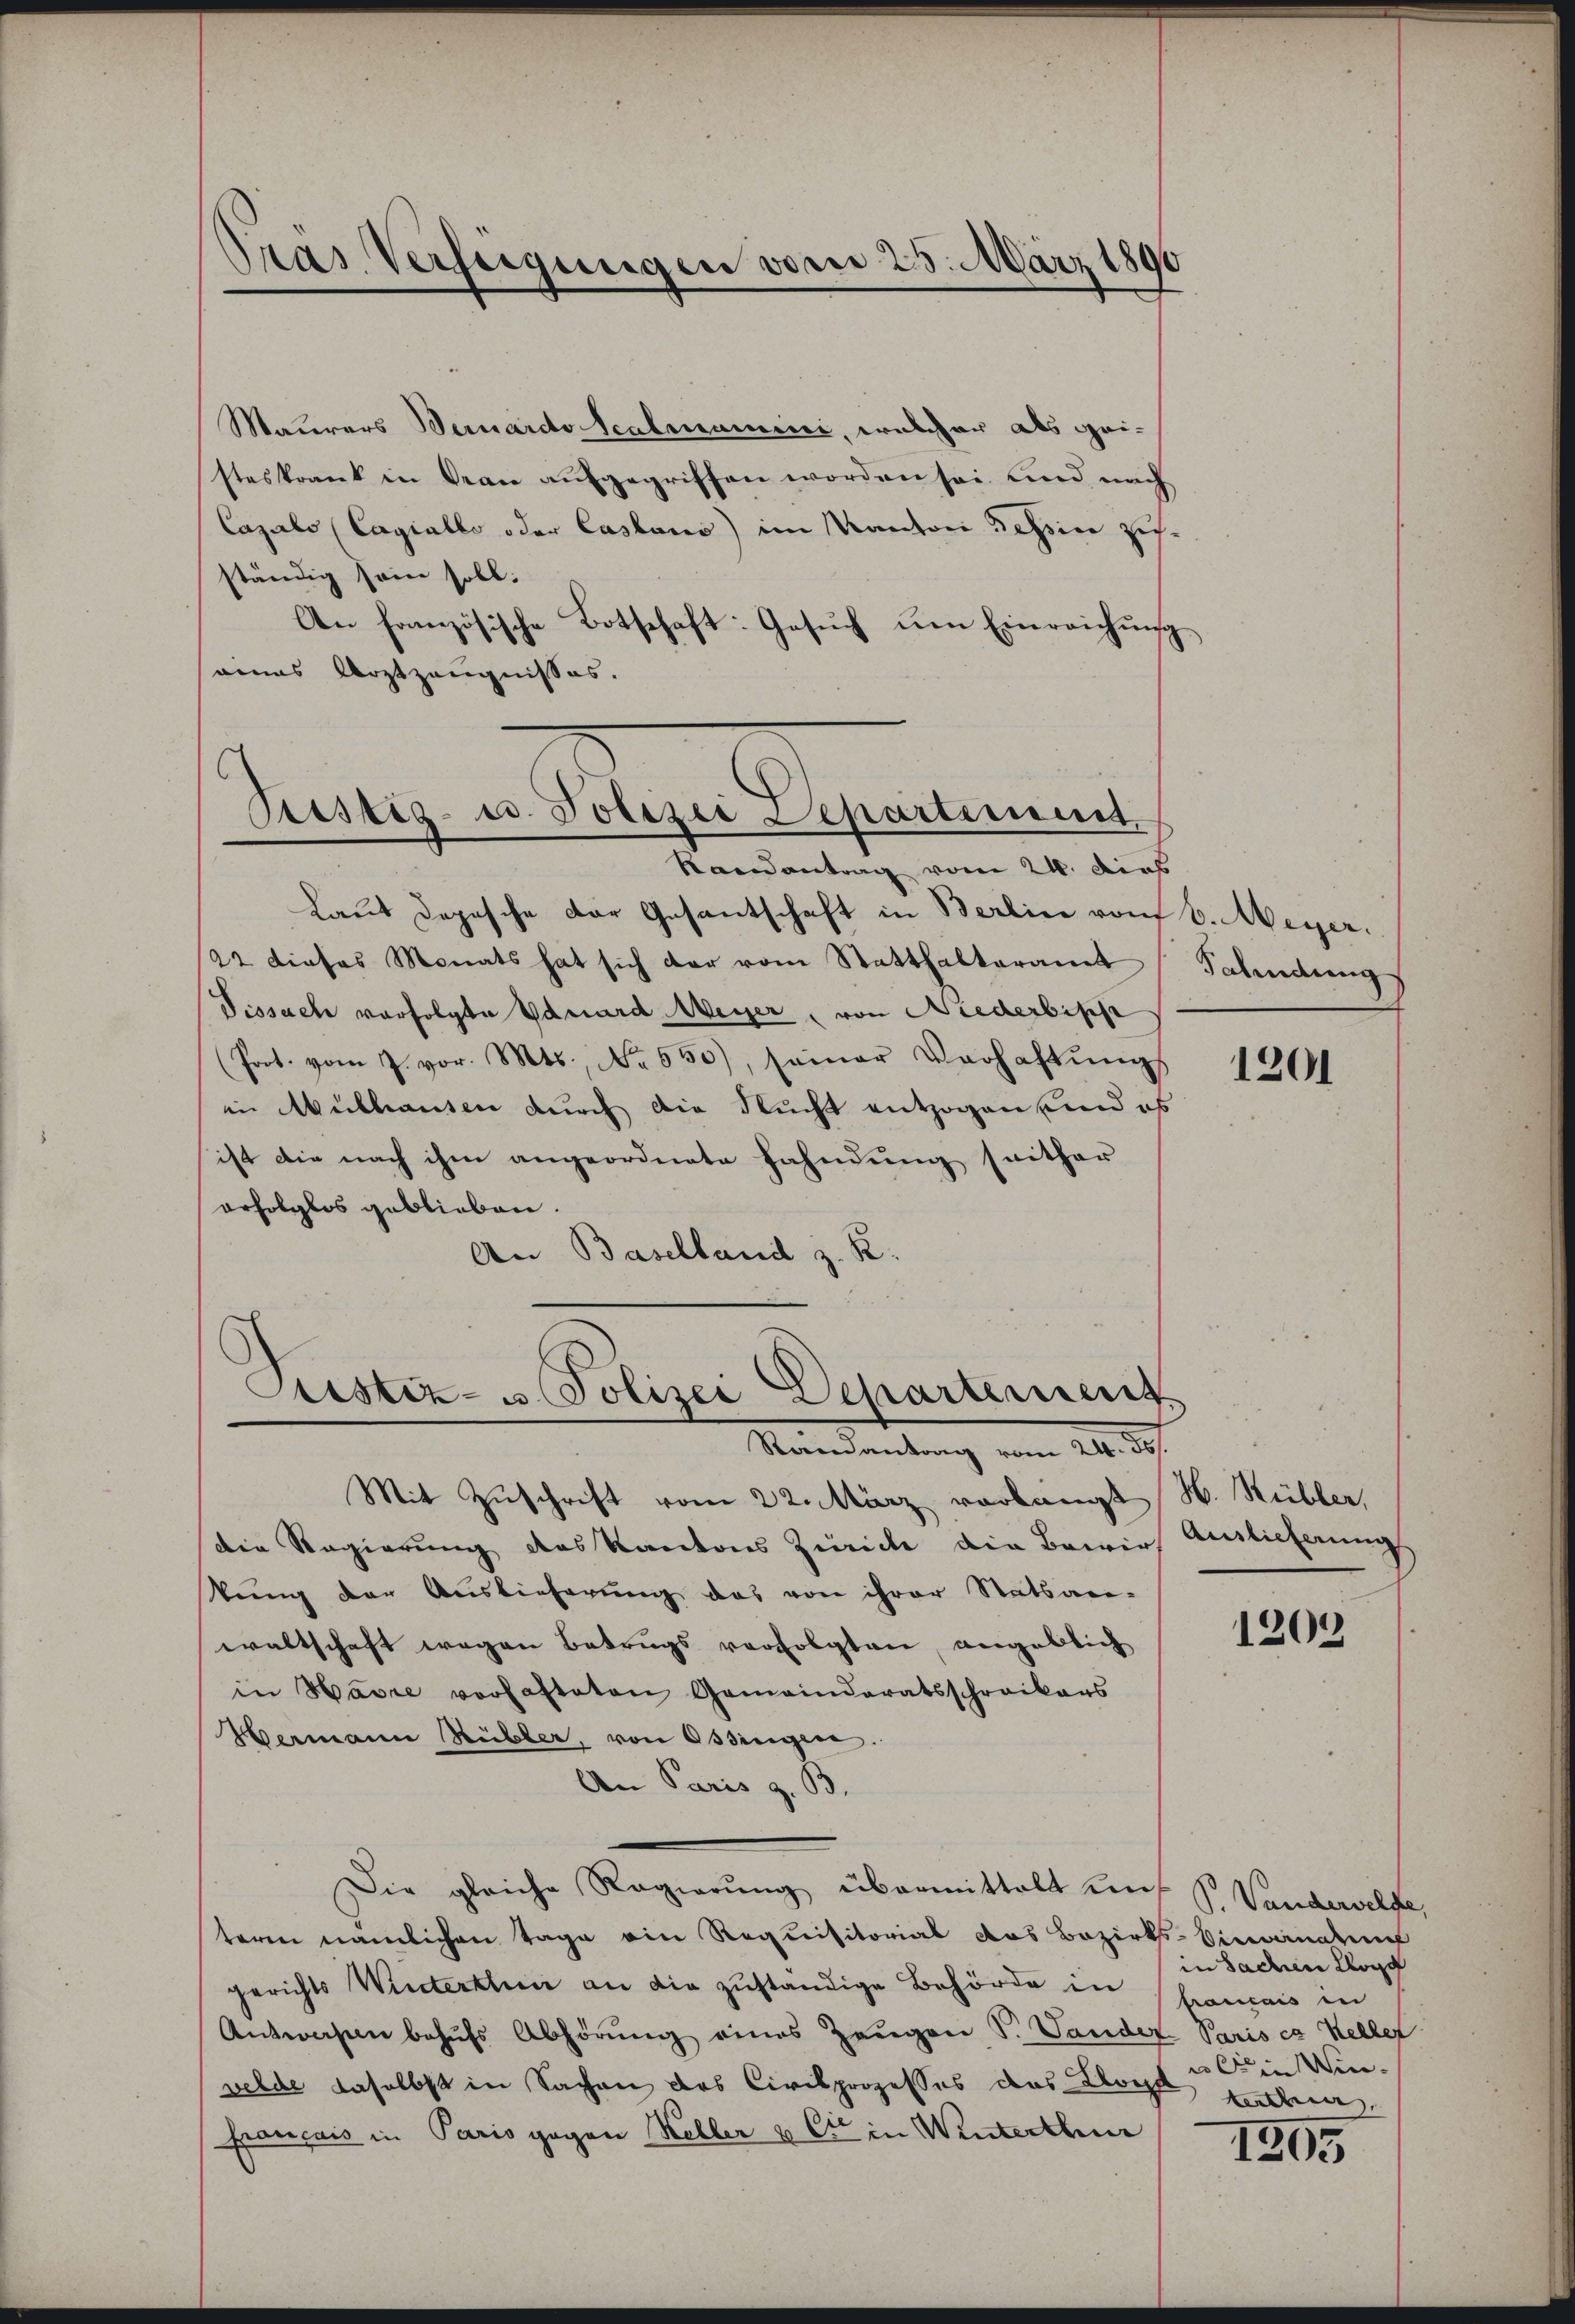
Pras Verfügungen vom 25. März 1890

Mauerars Bernardo Scalmunici, welcher als geisteskrank in Beau aufgegriffen worden sei und nach
Cazato (Cagialle oder Cassaus) im Kanton Tessine zifständig sein soll.
An französische Botschaft: Gesuch um Einreichung
eines Arztzeugnisses.
Randantrag vom 24. dies
Laut Depesche der Gesantschaft in Berlin von 6. Meyer.
22 dieses Monats hat sich der vom Statthalteramt Salindung
Vissache vorfolgte Vauard Weyer, von Niederbische
(Poot. vom 7. vor. Mts., No 550), seiner Verhaltŭngs
in Mülhausen durch die Nucht entzogen und es
ist die nach ihm angeordnete Fahndung seither
erfolglos geblieben.
An Baselland z. K.

Pristig- u. Polizei Departement.

Pustiz- u. Polizei Departement
Randantrag vom 24. ds.

Mit Zuschrift vom 22. März vorlangt H. Rübler,
die Regierung des Kantons Zürich die Bewirt Auslieferung
tŭng der Auslieferŭng das von ihrer Statsan-
waltschaft wegen Betrugs verfolgten, angeblich
in Havre vorhafteten Gemeinderatsschreibers
Wermann Bübler, von Ossingere.
An Paris z. B.
Die gleiche Regierŭng übermittelt uns P. Vanderselbe,
teren nämlichen Tage ein Requisitorial das Bezirks-Viewandten
gerichts Winterthur an die zuständige Behörde in francais in
Antworfen behufs Abhörung eines Zeugen S. Sander Paris ca Kellet
welde daselbst in Sachen des Civilprozesses das Loca
Français in Paris gegen Heller & Cie in Winterthei

1201

1203

in Sachen Klage
u in Winterthur,

1305